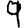
Digit: 9